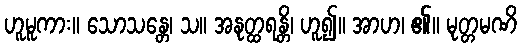
ဟူမူကား။ သောသန္တေ၊ သ။ အနုတ္ထရန္တိ၊ ဟူ၍။ အာဟ၊ ၏။ မုတ္တမဏိ